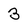
Character: 3